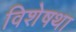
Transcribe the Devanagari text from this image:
विशेषथा